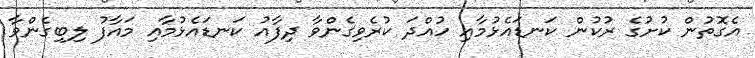
އެގޮތުން ކުށުގެ ރުކުން ކަނޑައެޅުމާއި ހުއްދަ ކުރެވިގެންވާ ދިފާއު ކަނޑައެޅުމާއި މައާފު ލިބިގެންވާ